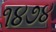
૧૪૭૪